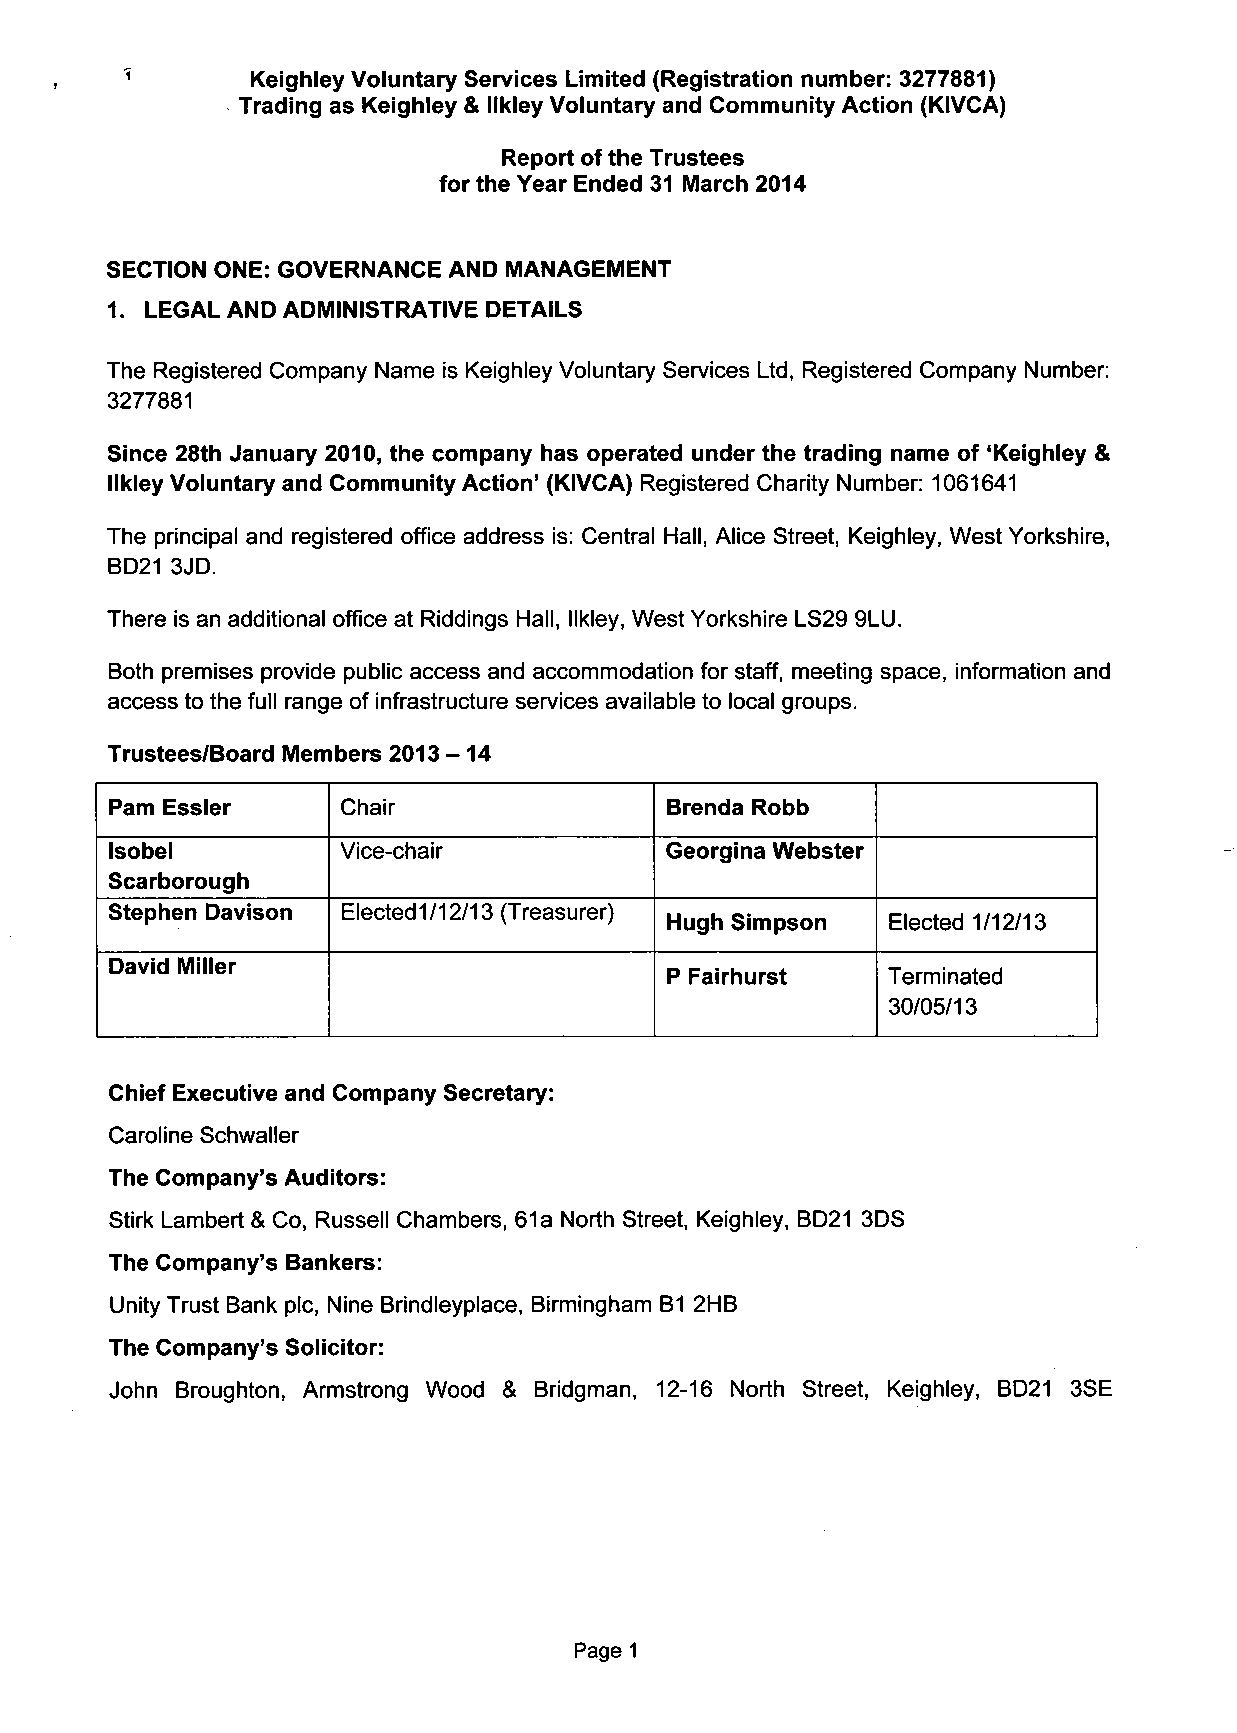
^        Keighley Voluntary Services Limited (Registration number: 3277881)
 Trading as Keighley & llkley Voluntary and Community Action (KIVCA)
 Report of the Trustees
 for the Year Ended 31 March 2014
 SECTION ONE: GOVERNANCE AND MANAGEMENT
 1. LEGAL AND ADMINISTRATIVE DETAILS
 The Registered Company Name is Keighley Voluntary Services Ltd, Registered Company Number:
 3277881
 Since 28th January 2010, the company has operated under the trading name of 'Keighley &
 llkley Voluntary and Community Action' (KIVCA) Registered Charity Number: 1061641
 The principal and registered office address is: Central Hall, Alice Street, Keighley, West Yorkshire,
 BD21 3JD.
 There is an additional office at Riddings Hall, llkley, West Yorkshire LS29 9LU.
 Both premises provide public access and accommodation for staff, meeting space, information and
 access to the full range of infrastructure services available to local groups.
 Trustees/Board Members 2013 -14
 Pam Essler      Chair                Brenda Robb
 Isobel          Vice-chair           Georgina Webster
 Scarborough
 Stephen Davison Elected 1/12/13 (Treasurer)
 Hugh Simpson   Elected 1/12/13
 David Miller
 P Fairhurst    Terminated
 30/05/13
 Chief Executive and Company Secretary:
 Caroline Schwaller
 The Company's Auditors:
 Stirk Lambert & Co, Russell Chambers, 61a North Street, Keighley, BD21 3DS
 The Company's Bankers:
 Unity Trust Bank pic, Nine Brindleyplace, Birmingham B1 2HB
 The Company's Solicitor:
 John Broughton, Armstrong Wood & Bridgman, 12-16 North Street, Keighley, BD21 3SE
 Page 1